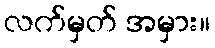
လက်မှတ် အမှား။